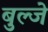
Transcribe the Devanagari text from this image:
बुल्जे